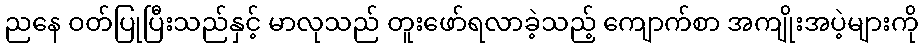
ညနေ ဝတ်ပြုပြီးသည်နှင့် မာလုသည် တူးဖော်ရလာခဲ့သည့် ကျောက်စာ အကျိုးအပဲ့များကို